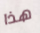
هذا